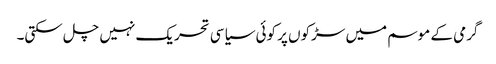
گرمی کے موسم میں سڑکوں پر کوئی سیاسی تحریک نہیں چل سکتی۔